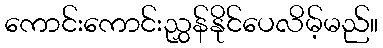
ကောင်းကောင်းညွှန်နိုင်ပေလိမ့်မည်။